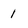
Character: 1